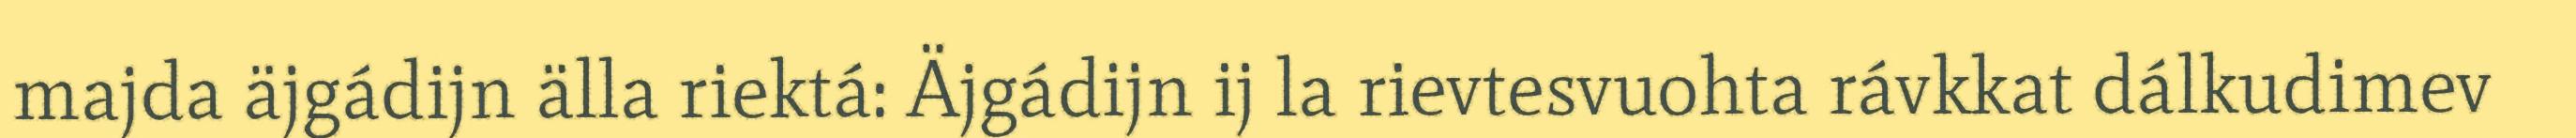
majda äjgádijn älla riektá: Äjgádijn ij la rievtesvuohta rávkkat dálkudimev